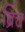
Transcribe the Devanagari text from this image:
ब्रिच